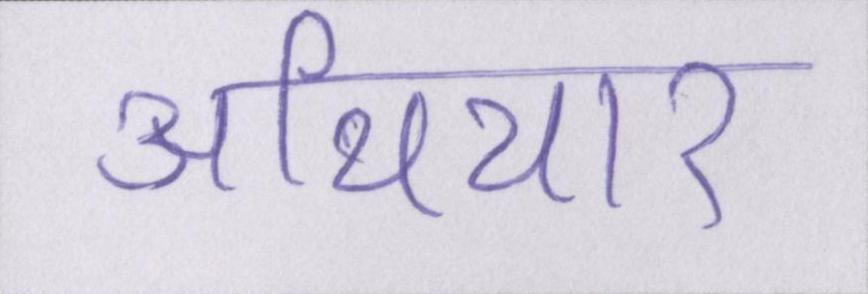
अथियार